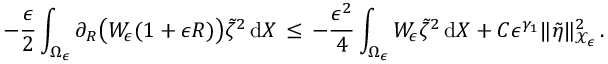
- \frac { \epsilon } { 2 } \int _ { \Omega _ { \epsilon } } \partial _ { R } \bigl ( W _ { \epsilon } ( 1 + \epsilon R ) \bigr ) \tilde { \zeta } ^ { 2 } \, \mathrm { d } X \, \le \, - \frac { \epsilon ^ { 2 } } { 4 } \int _ { \Omega _ { \epsilon } } W _ { \epsilon } \tilde { \zeta } ^ { 2 } \, \mathrm { d } X + C \epsilon ^ { \gamma _ { 1 } } \| \tilde { \eta } \| _ { \mathcal { X } _ { \epsilon } } ^ { 2 } \, .